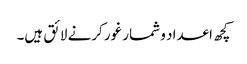
کچھ اعداد و شمار غور کرنے لائق ہیں۔